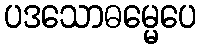
ပဒသောဓမ္မေပေ